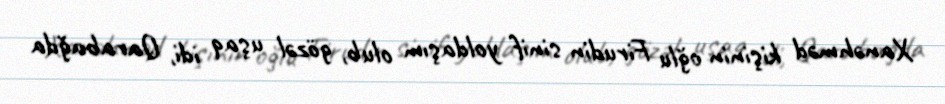
Xanəhməd kişinin oğlu Firudin sinif yoldaşım olub, gözəl uşaq idi, Qarabağda